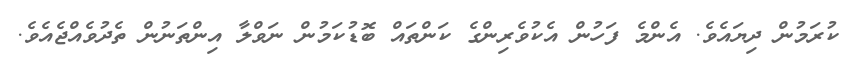
ކުރަމުން ދިޔައެވެ. އެންމެ ފަހުން އެކުވެރިންގެ ކަންތައް ބޮޑުކަމުން ނަވްލާ އިންތަނުން ތެދުވެއްޖެއެވެ.